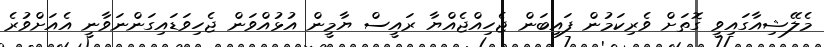
މެލޭޝިއާގައިވީ ގޮތަށް ވެރިކަމުން ފައިބަން ޖެހިއްޖެއްޔާ ރައީސް ޔާމީން އުޅުއްވަން ޖެހިވަޑައިގަންނަވާނީ އެއަށްވުރެ